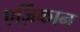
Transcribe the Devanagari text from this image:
एर्ज़िंकान